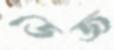
ডেজ